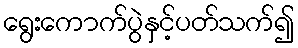
ရွေးကောက်ပွဲနှင့်ပတ်သက်၍